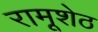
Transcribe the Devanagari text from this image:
रामूशेठ